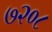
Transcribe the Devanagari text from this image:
७२०८